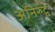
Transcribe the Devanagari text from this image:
अनिरुद्व